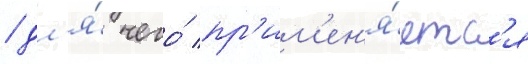
/ дл'я́ чего́ пр'им'ен'я́етс'я